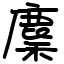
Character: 麇